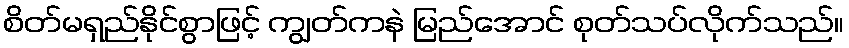
စိတ်မရှည်နိုင်စွာဖြင့် ကျွတ်ကနဲ မြည်အောင် စုတ်သပ်လိုက်သည်။